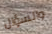
والسؤال